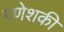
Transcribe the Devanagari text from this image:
गणेशकी